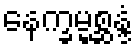
နေက္ခမ္မစ္ဆန္ဒံ